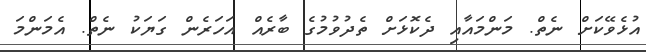
އުޅެވޭކަށް ނެތް. މަންމައާއި ދެކޮޅަށް ތެދުވުމުގެ ބާރެއް އަހަރެން ގަޔަކު ނެތް. އެމަންމަ